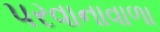
પરવાનાવાળા